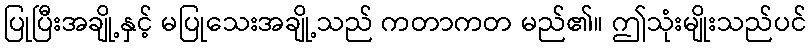
ပြုပြီးအချို့နှင့် မပြုသေးအချို့သည် ကတာကတ မည်၏။ ဤသုံးမျိုးသည်ပင်